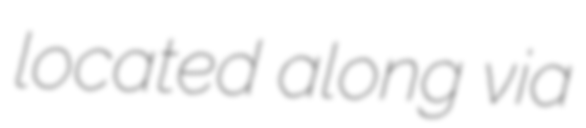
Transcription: located along via